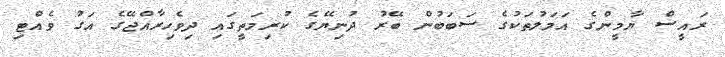
ރައީސް ޔާމީންގެ އަމަލުތަކުގެ ސަބަބުން ބޭރު ދުނިޔޭގެ ކުރިމަތީގައި ދިވެހިރާއްޖޭގެ އަގު ވެއްޓި